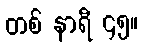
တစ် နာရီ ၄၅။